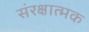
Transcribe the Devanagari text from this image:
संरक्षात्मक